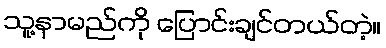
သူ့နာမည်ကို ပြောင်းချင်တယ်တဲ့။